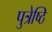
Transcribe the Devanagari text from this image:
पुत्रेष्ठि